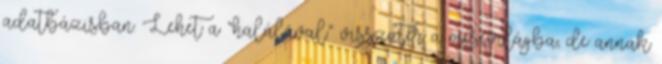
adatbázisban. Lehet a “halálával” visszatér a mesevilágba, de annak